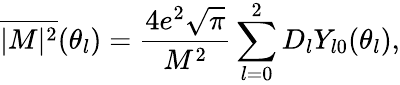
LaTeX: \overline{{{\vert M\vert^{2}}}}(\theta_{l})={\frac{4e^{2}\sqrt{\pi}}{M^{2}}}\sum_{l=0}^{2}D_{l}Y_{l0}(\theta_{l}),